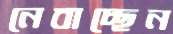
নেবাচ্ছেন